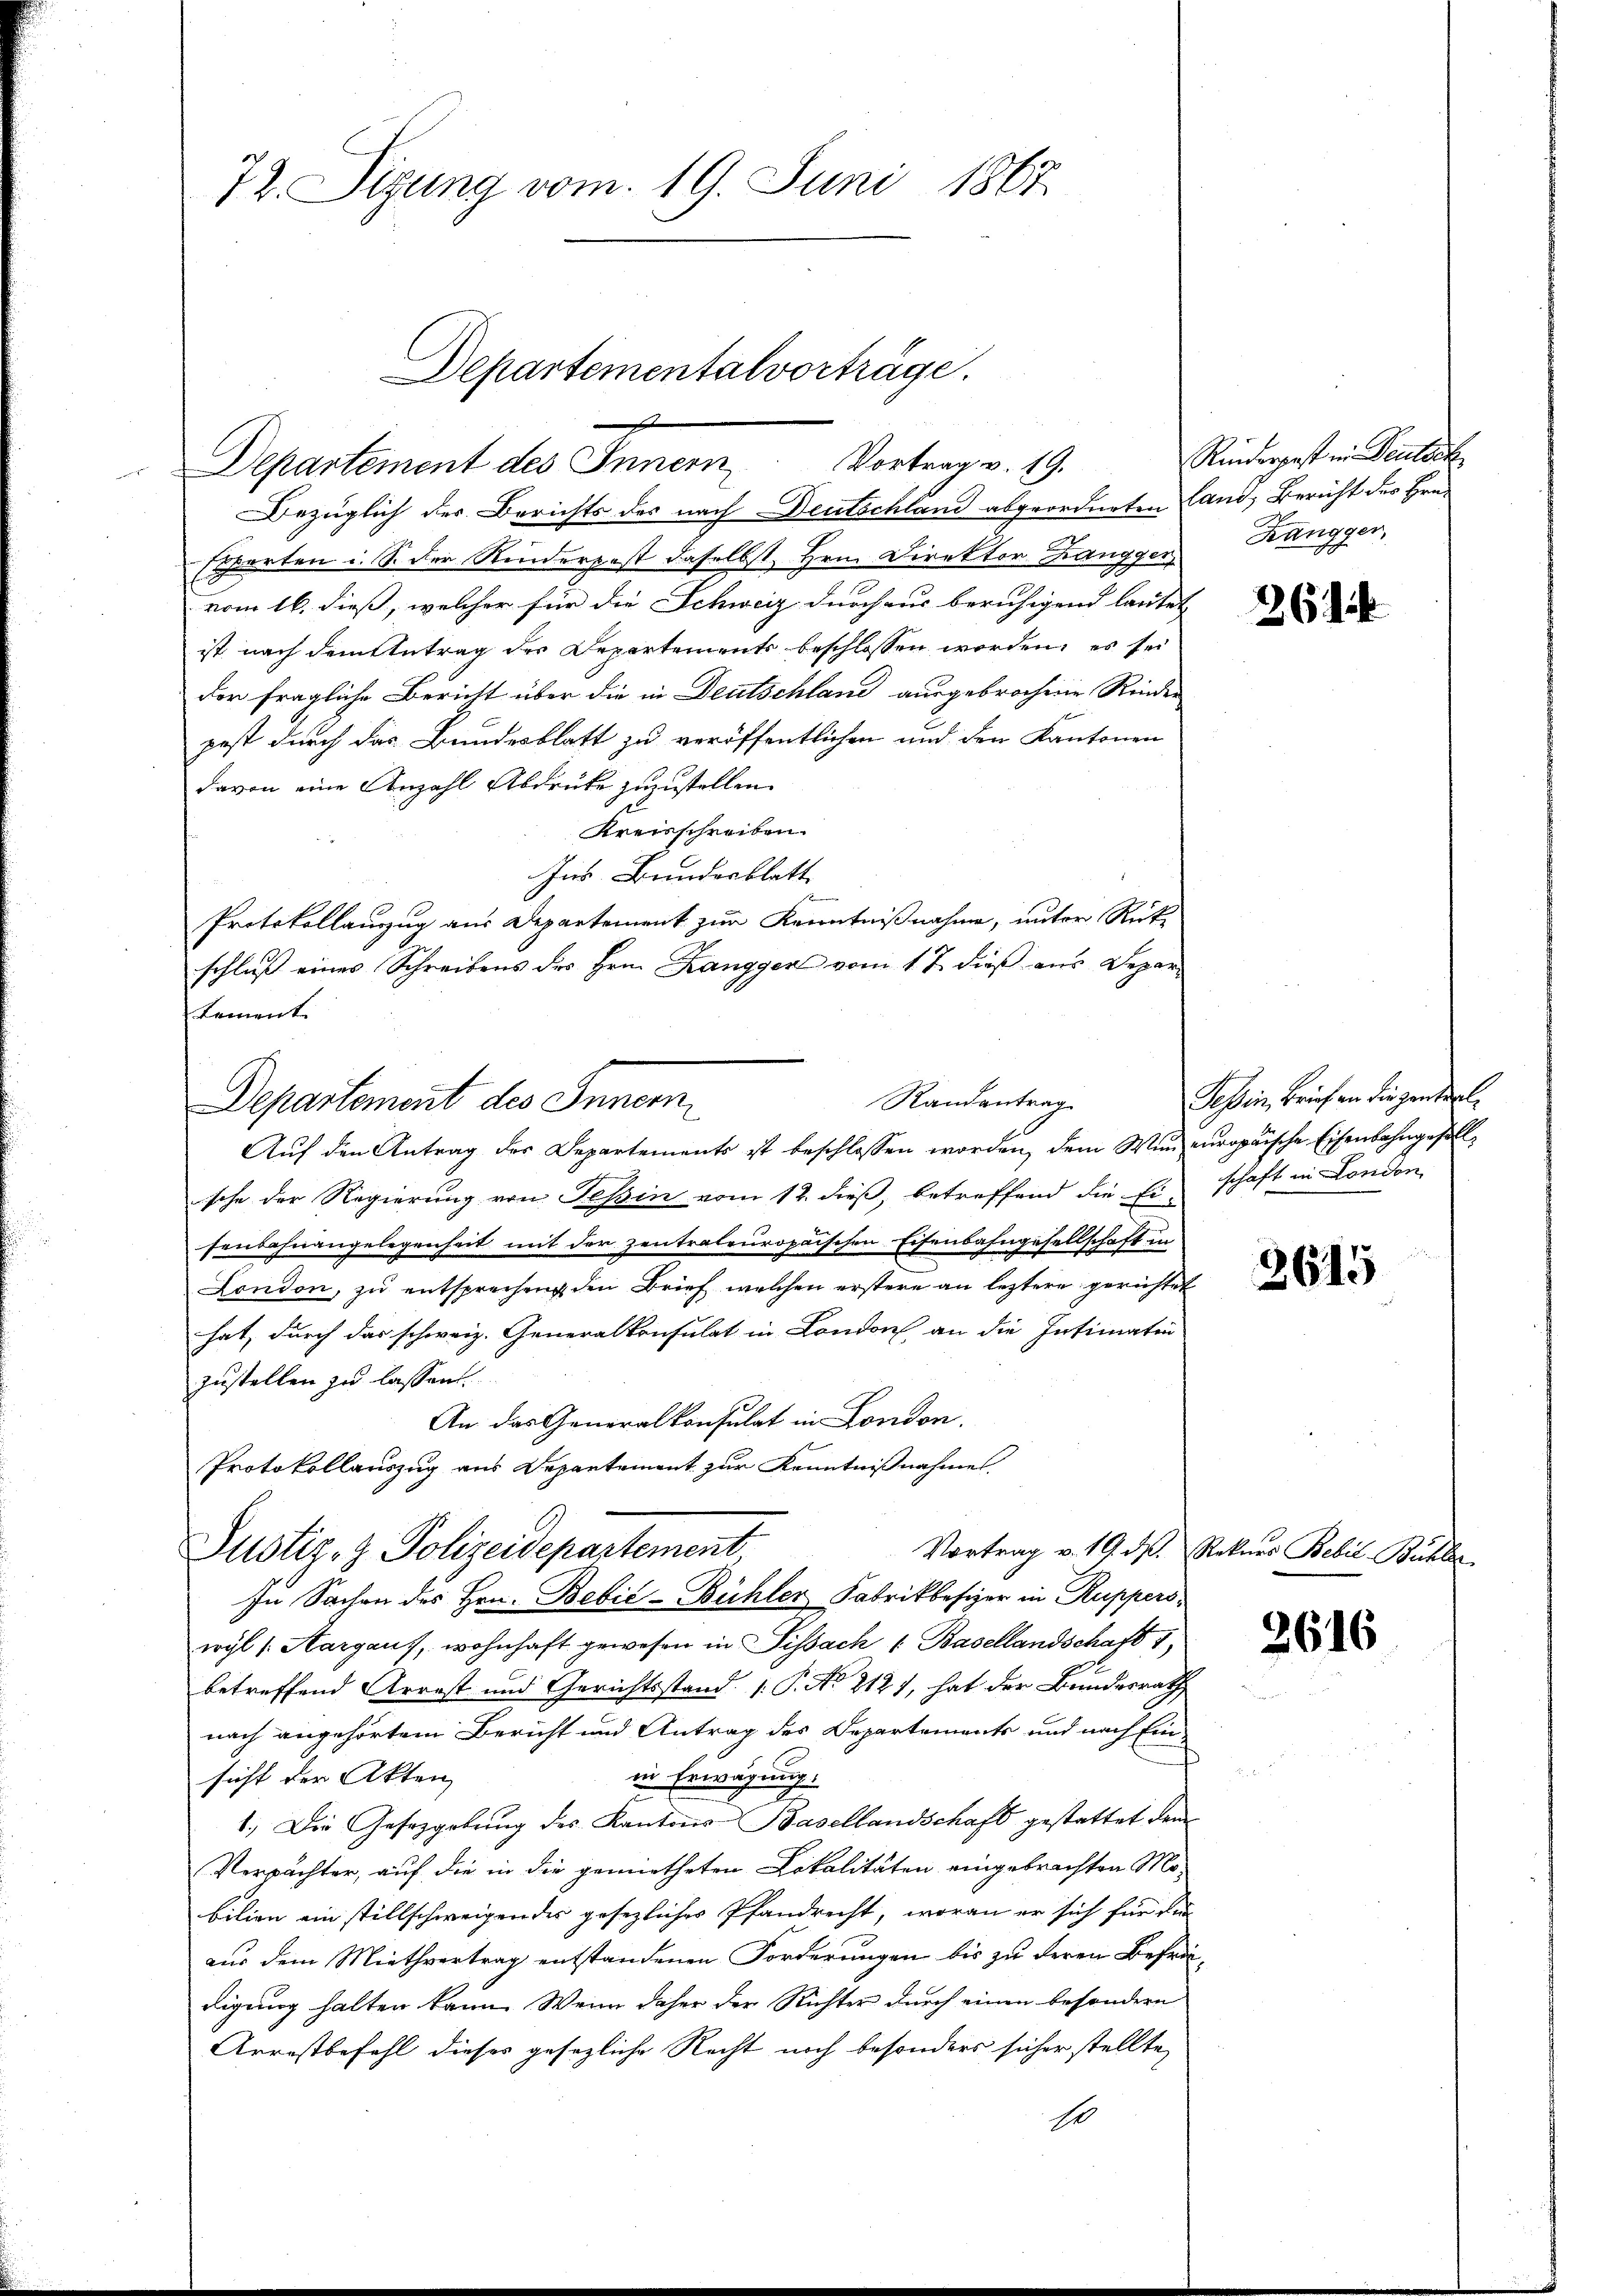
72. Sizung vom 19. Juni 1867

Esperten u. S. der Kinderpost daselbst, Hrn. Direktor Zanggen Kängger,
vom 16. dieß, welcher für die Schweiz durchaus beruhigend lautet
ist nach dem Antrag des Departements beschlossen worden, es sei
der fragliche Bericht über die in Deutschland ausgebrochene Rinder
pest durch das Bundesblatt zu veröffentlichen und den Kantonen
davon eine Anzahl Abdrüke zuzustellen.
Kreisschreiben.
Ins Bundesblatt
Protokollauszug aus Departement zur Kenntnißnahme, unter Rück-
schluß eines Schreibens des Hrn. Kangger vom 17. dieß aus Depar¬
Lement

s
Departement des Innern Vortrag v. 19.
Bezüglich der Berichts des nach Deutschland abgeordneten Land, Bericht des Hrn.

Departementalvorträge.

Randantrag
Departement des Innern

Protokollauszug aus Departement zur Kenntnißnahme
Justiz- & Polizeidepartement,
In Sache des Hrn. Bebić-Bühler Fabrikbesizer in Ruppers¬

Rinderpest in Deutsch

Aŭf den Antrag des Departements ist beschlossen worden, dem Wen europäische Eisenbahngesellsche der Regierung von Tessin vom 12. dieß, betreffend die Erschaft in London,
senbahnangelegenheit mit der zentrateuropaischen Eisenbahngesellschaft in
London, zu entsprechen den Brief welchen erstere an leztere gerichtet
hat, durch das schweiz. Generalkonsulat in London an die Intimatin
zustellen zu lassen.
An das Generalkonsulat in London.
wyl s. Aargaus, wohnhaft gewesen in Tissach 1. Basellandschaft 1,
betreffend Arrest und Gerichtsstand (P. No 2121, hat der Bundesrath
nach angehörtem Bericht und Antrag des Departements und nach Ein-
s
in Erwägung:
sicht der Akten
1. Die Gesetzgebung des Kantons Basellandschaft gestattet dem
Verpächter, auf die in die gemietheten Lokalitäten eingebrachten Mobilien ein stillschweigendes gesezliches Pfandrecht, woran er sich für die
aus dem Miethvertrag entstandenen Forderungen bis zu deren Befrädigung halten kann. Wenn daher der Richter durch einen besondern
Arrestbefehl dieser gesezliche Nacht noch besonders sicher stellte,
Es

26

Tessin, Brief an die Zentral¬

2615

Vortrag v. 19. d. Rekurs Bebil-Bühler

2616